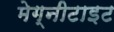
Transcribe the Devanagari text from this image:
मेग्नीटाइट